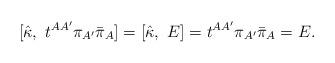
LaTeX: \begin{align*}[{\hat \kappa}, \ t^{AA^\prime}\pi_{A^\prime}{\bar \pi}_{A}]=[{\hat \kappa}, \ E]=t^{AA^\prime}\pi_{A^\prime}{\bar \pi}_{A}=E.\end{align*}